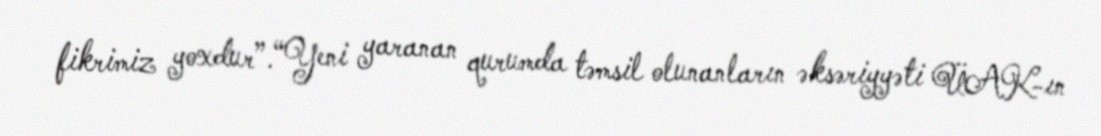
fikrimiz yoxdur”.“Yeni yaranan qurumda təmsil olunanların əksəriyyəti ÜAK-ın